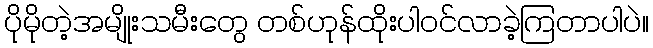
ပိုမိုတဲ့အမျိုးသမီးတွေ တစ်ဟုန်ထိုးပါဝင်လာခဲ့ကြတာပါပဲ။